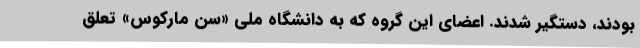
بودند، دستگیر شدند. اعضای این گروه که به دانشگاه ملی «سن مارکوس» تعلق